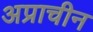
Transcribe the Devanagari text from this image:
अप्राचीन